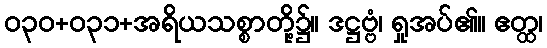
ဝ၃၀+၀၃၁+အရိယသစ္စာတို့၌။ ဒဋ္ဌဗ္ဗံ၊ ရှုအပ်၏။ ဧတ္ထ၊